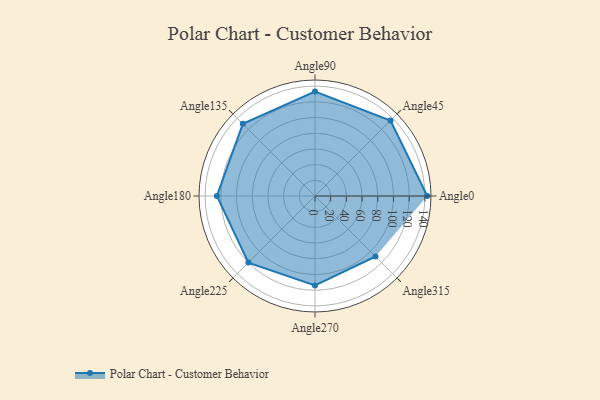
{"axis": {"x": "Angle", "y": "Radius"}, "legend": [""], "data": [{"x": "Angle0", "y": 143.0, "type": ""}, {"x": "Angle45", "y": 136.0, "type": ""}, {"x": "Angle90", "y": 133.0, "type": ""}, {"x": "Angle135", "y": 130.0, "type": ""}, {"x": "Angle180", "y": 125.0, "type": ""}, {"x": "Angle225", "y": 120.0, "type": ""}, {"x": "Angle270", "y": 114.0, "type": ""}, {"x": "Angle315", "y": 109.0, "type": ""}]}